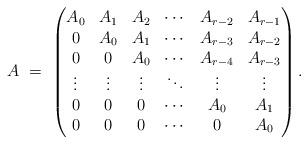
LaTeX: \begin{align*} A \,\, = \,\,\begin{pmatrix} A_0 & A_1 & A_2 & \cdots & A_{r-2} & A_{r-1} \\ 0 & A_0 & A_1 & \cdots & A_{r-3} & A_{r-2} \\ 0 & 0 & A_0 & \cdots & A_{r-4} & A_{r-3} \\ \vdots & \vdots & \vdots & \ddots & \vdots & \vdots \\ 0 & 0 & 0 & \cdots & A_0 & A_1 \\ 0 & 0 & 0 & \cdots & 0 & A_0 \\ \end{pmatrix}.\end{align*}